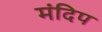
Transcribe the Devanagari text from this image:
मंदिप